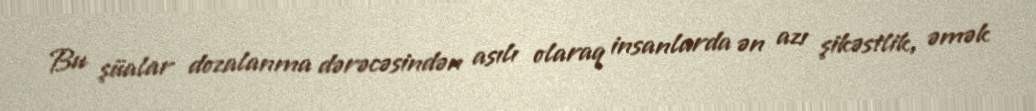
Bu şüalar dozalanma dərəcəsindən asılı olaraq insanlarda ən azı şikəstlik, əmək